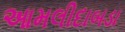
આમલીદાબડા